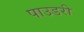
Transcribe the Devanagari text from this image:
पाउडरी